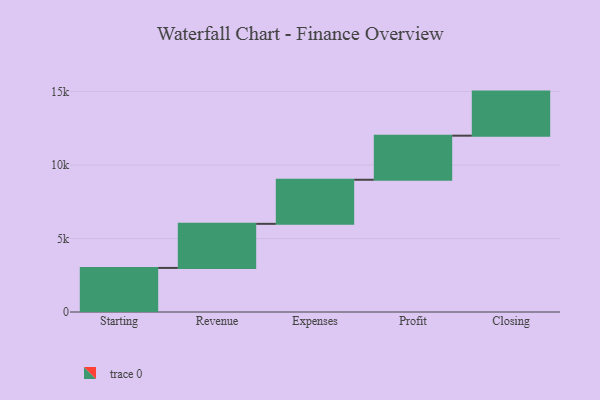
{"axis": {"x": "Step", "y": "Value"}, "legend": [""], "data": [{"x": "Starting", "y": 3000, "type": ""}, {"x": "Revenue", "y": 3000, "type": ""}, {"x": "Expenses", "y": 3000, "type": ""}, {"x": "Profit", "y": 3000, "type": ""}, {"x": "Closing", "y": 3000, "type": ""}]}